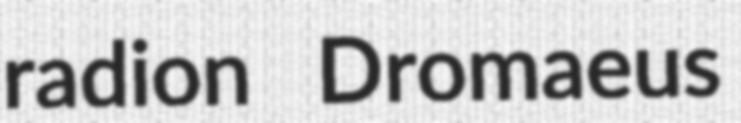
radion Dromaeus